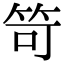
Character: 笴